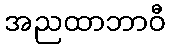
အညထာဘာဝီ